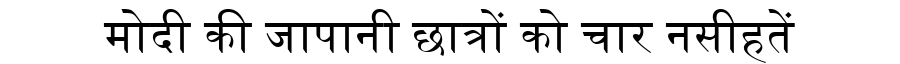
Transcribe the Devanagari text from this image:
मोदी की जापानी छात्रों को चार नसीहतें